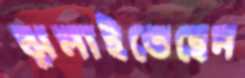
ঝুলাইতেছেন